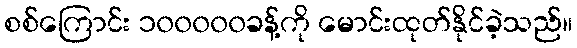
စစ်ကြောင်း ၁၀၀၀၀၀ခန့်ကို မောင်းထုတ်နိုင်ခဲ့သည်။